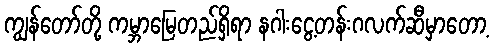
ကျွန်တော်တို့ ကမ္ဘာမြေတည်ရှိရာ နဂါးငွေ့တန်းဂလက်ဆီမှာတော့